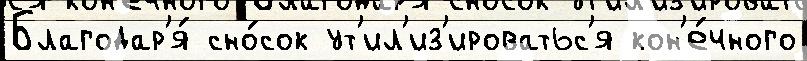
Благодар'я́ сно́сок ут'ил'из'ироватьс'я кон'е́чного